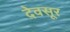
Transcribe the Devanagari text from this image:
देवसूर